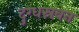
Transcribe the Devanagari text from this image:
दुग्धस्रवन